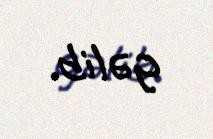
gəlib.